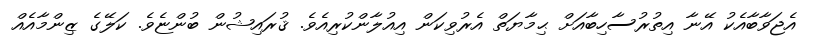
އެޖަވާބާއެކު އޭނާ އިތުރުސާހިބާއަށް ޙިމާޔަތް އެރުވިކަން އިއުލާންކުރިއެވެ. ޤުރައިޝުން ބުންޏެވެ. ކަލޭގެ ޒިންމާއެއް